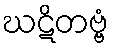
ဃဋိတဗ္ဗံ